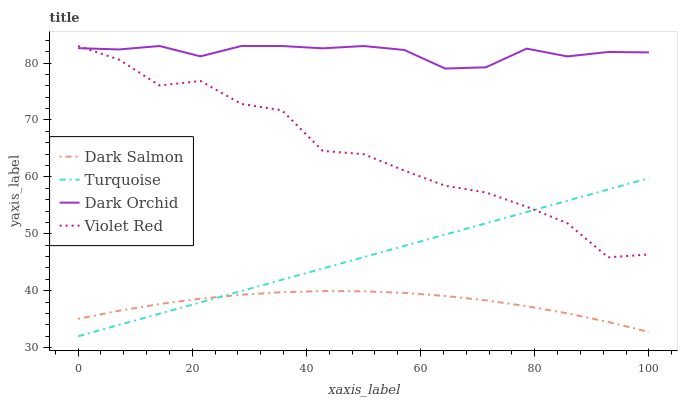
| xaxis_label | Dark Salmon | Turquoise | Dark Orchid | Violet Red |
 | --- | --- | --- | --- | --- |
 | 0 | 35.1 | 32 | 82.6 | 83 |
 | 7.14 | 36.5 | 34 | 82.4 | 80.6 |
 | 14.3 | 37.7 | 36 | 83 | 76.1 |
 | 21.4 | 38.6 | 38 | 81.2 | 76.9 |
 | 28.6 | 39.3 | 39.9 | 83 | 72.8 |
 | 35.7 | 39.7 | 41.9 | 83 | 71.7 |
 | 42.9 | 39.9 | 43.9 | 82.6 | 64.6 |
 | 50 | 39.9 | 45.9 | 83 | 64 |
 | 57.1 | 39.6 | 47.9 | 82.3 | 61.1 |
 | 64.3 | 39.1 | 49.9 | 79 | 58.5 |
 | 71.4 | 38.3 | 51.8 | 79.3 | 57.3 |
 | 78.6 | 37.3 | 53.8 | 82.5 | 54.8 |
 | 85.7 | 36 | 55.8 | 81.2 | 51.9 |
 | 92.9 | 34.5 | 57.8 | 82 | 45.9 |
 | 100 | 32.8 | 59.8 | 81.9 | 46.4 |